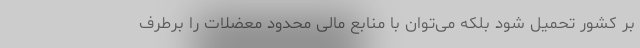
بر کشور تحمیل شود بلکه می‌توان با منابع مالی محدود معضلات را برطرف